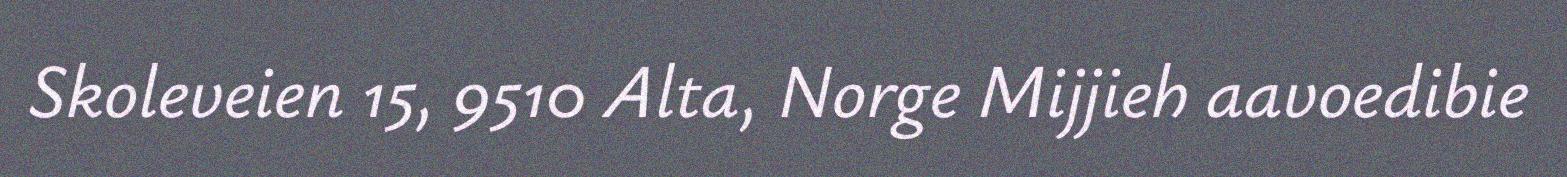
Skoleveien 15, 9510 Alta, Norge Mijjieh aavoedibie